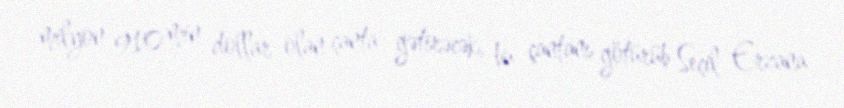
milyon 910 min dollar olan çanta gətirəcək, bu çantanı götürüb Seçil Erzana